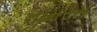
તામરસ